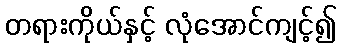
တရားကိုယ်နှင့် လုံအောင်ကျင့်၍